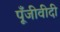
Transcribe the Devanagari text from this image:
पूँजीवीदी